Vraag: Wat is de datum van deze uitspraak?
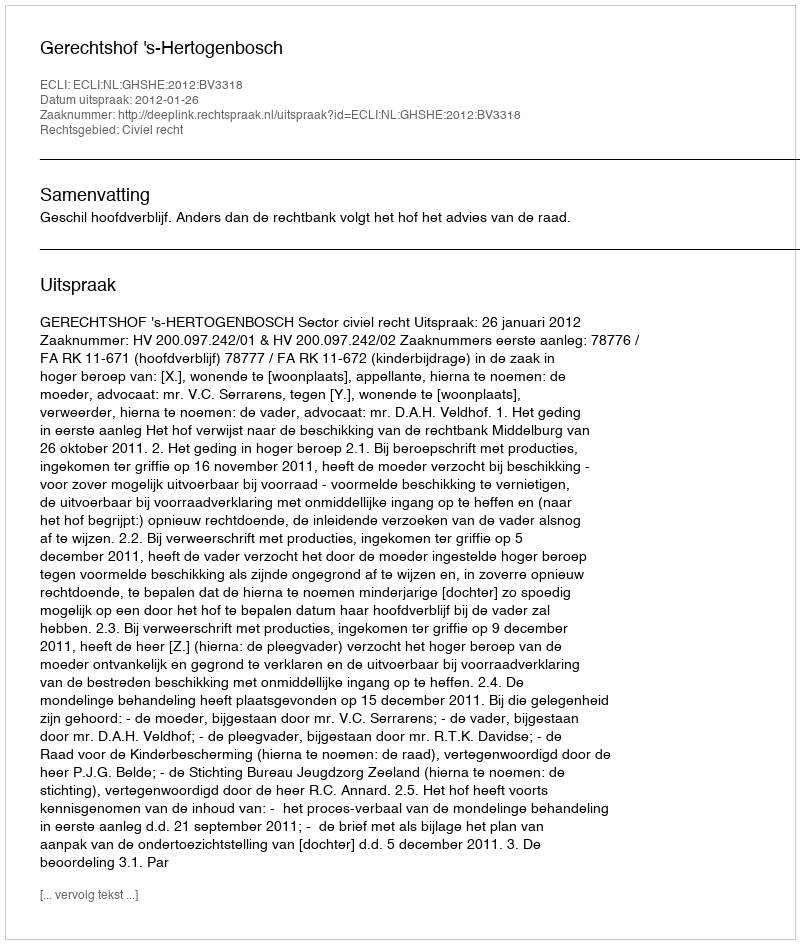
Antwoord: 2012-01-26